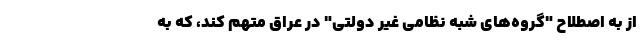
از به اصطلاح "گروه‌های شبه نظامی غیر دولتی" در عراق متهم کند، که به